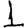
Digit: 1